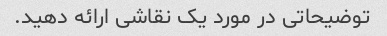
توضیحاتی در مورد یک نقاشی ارائه دهید.